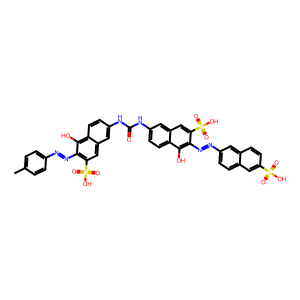
SMILES: Cc1ccc(N=Nc2c(S(=O)(=O)O)cc3cc(NC(=O)Nc4ccc5c(O)c(N=Nc6ccc7cc(S(=O)(=O)O)ccc7c6)c(S(=O)(=O)O)cc5c4)ccc3c2O)cc1
Inhibits HIV replication: Yes